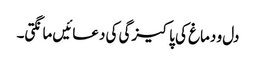
دل و دماغ کی پاکیزگی کی دعائیں مانگتی۔